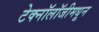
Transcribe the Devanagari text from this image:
टेक्‍नॉलॉजीमधून